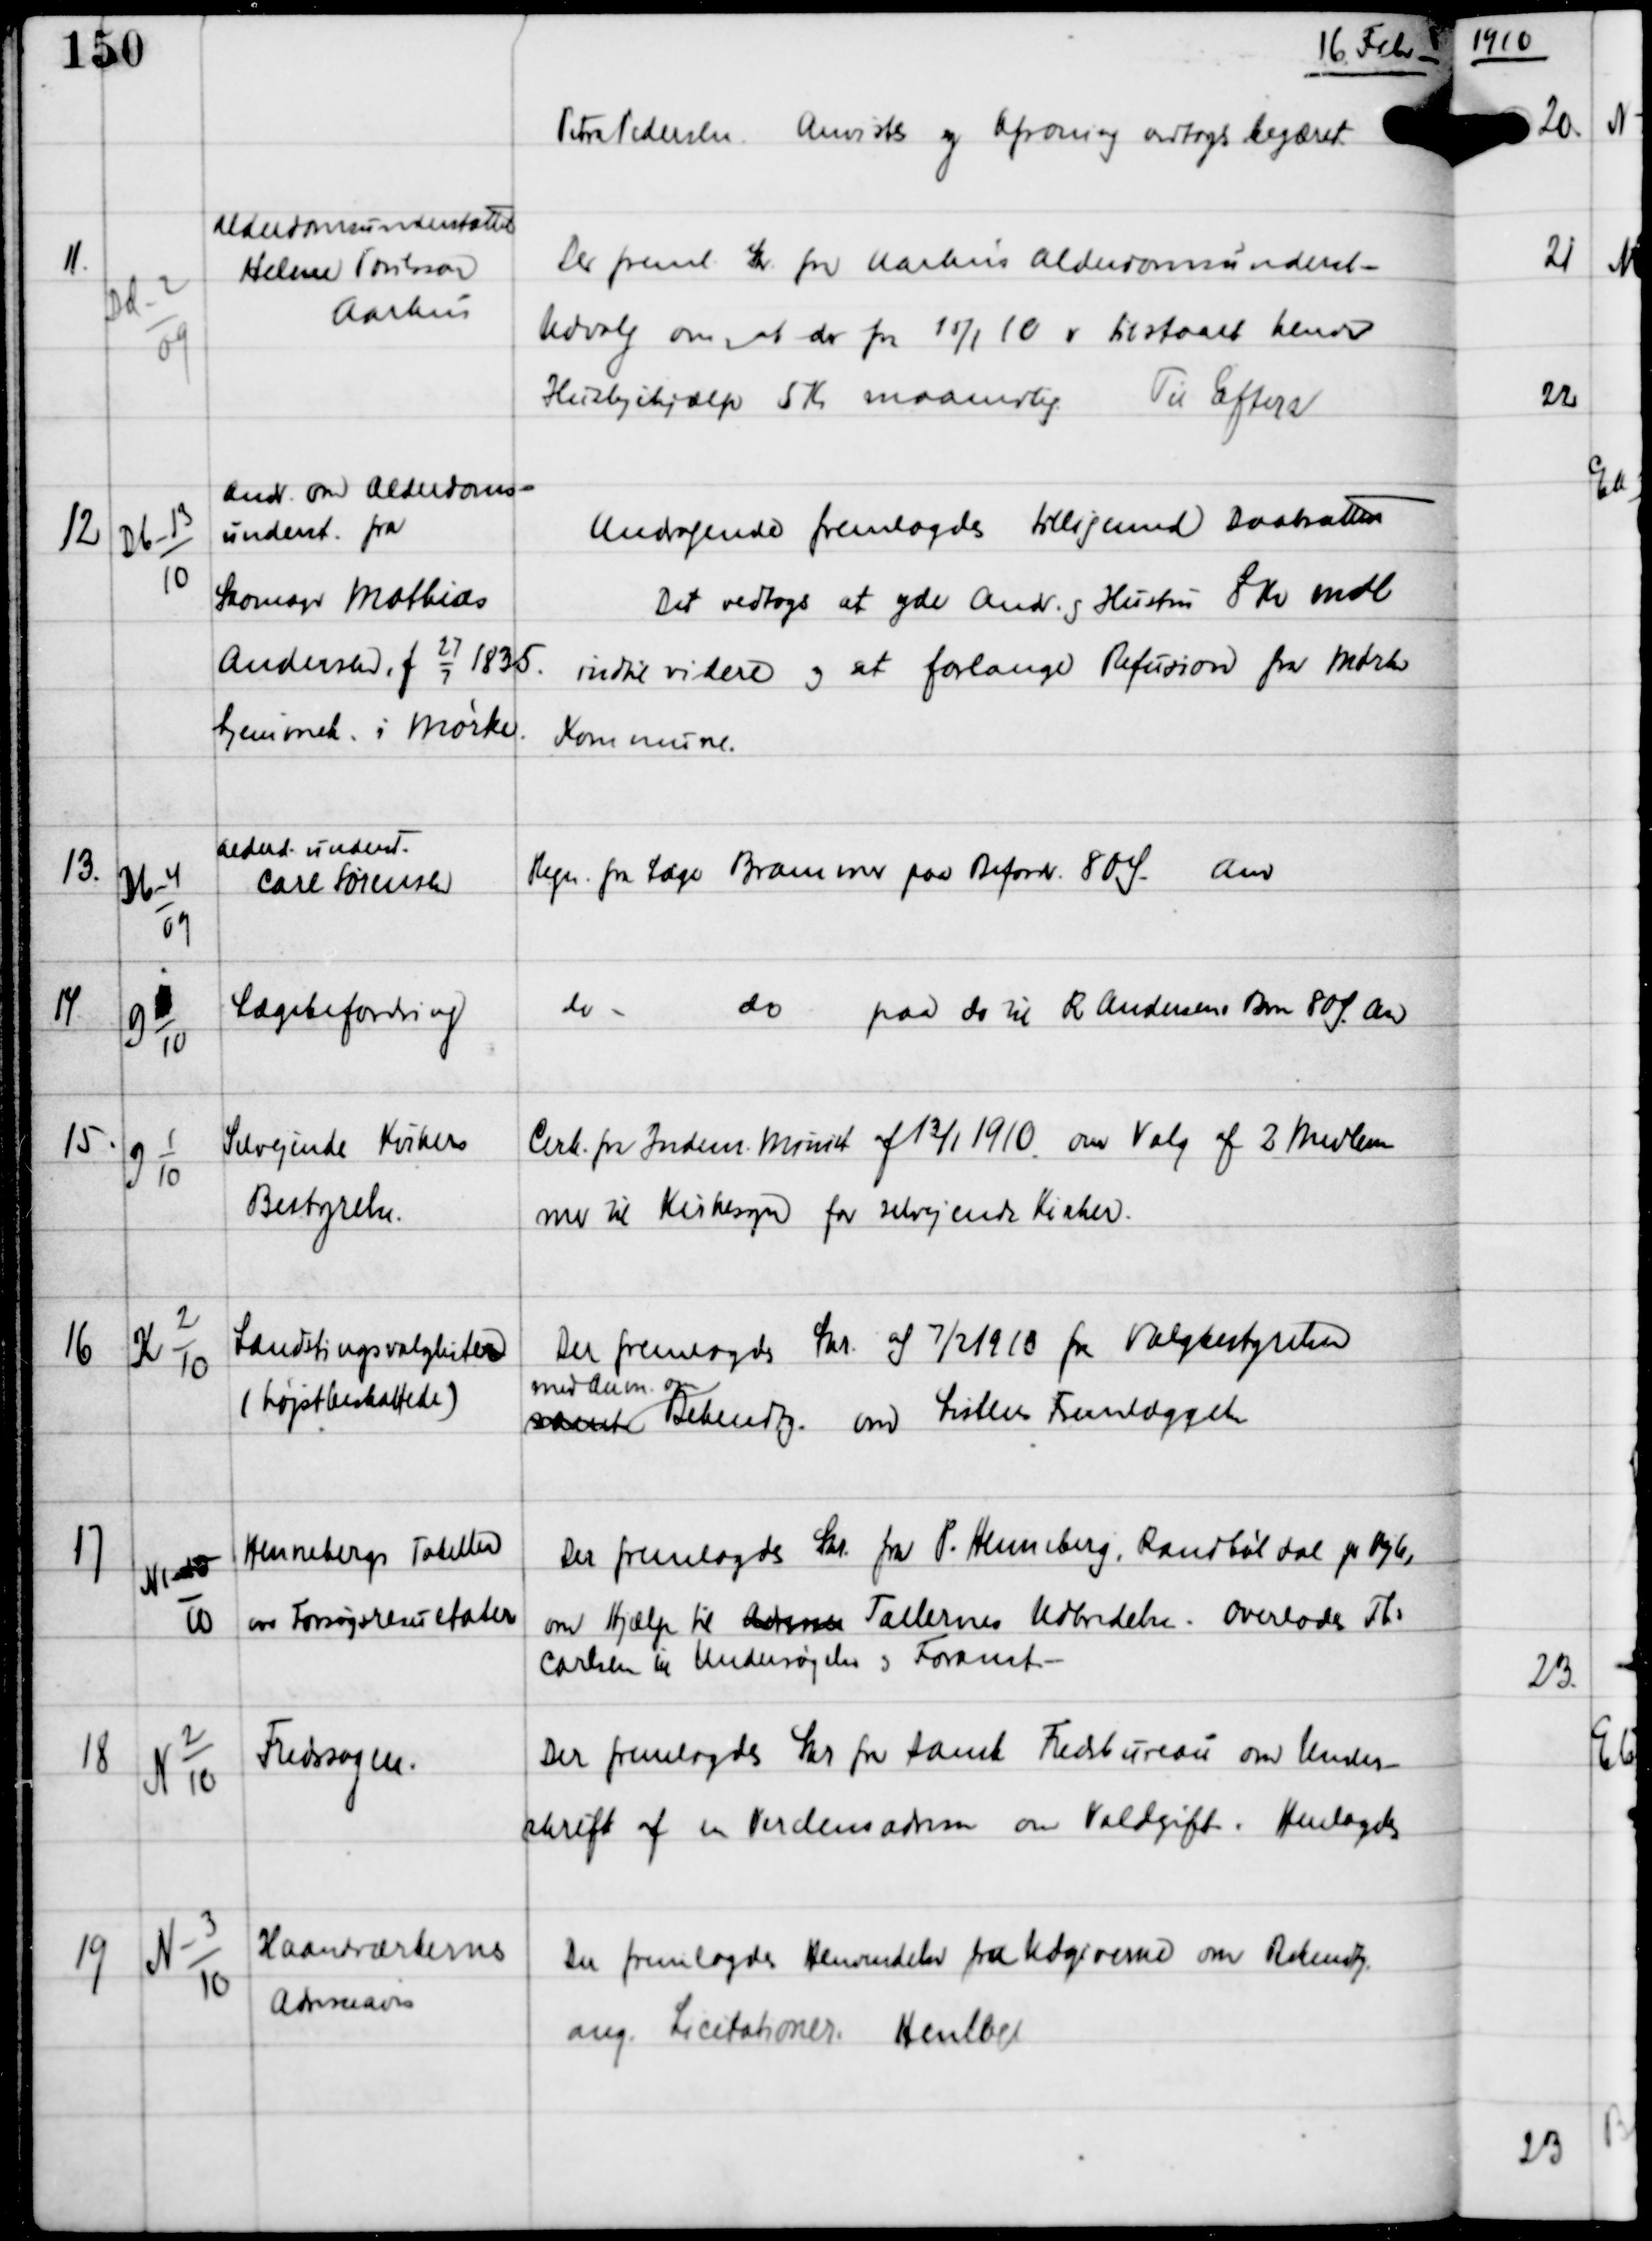
Transskription:
16 Febr

Petra Pedersen. Anvistes og Afsoning vedtoges begæret

11

Dd-2
09

Alderdomsunderstøttede
Helene Porilsson
Aarhus

Der freml Skr fra Aarhus Alderdomsunderst-
Udvalg om, at der fra 15/1 er tilstaaet hende
Hushjælp 5 Kr maanedlig
Til Efterr

12

Db-13
10

Andr om Alderdoms-
underst fra
Skomager Mathias
Andersen f
27
7
1835
hjemmet i Mørke.

Andragendet fremlagdes tilligemed Daabsattesten
Det vedtoges at yde Andr. og Hustru 8 Kr mdl
indtil videre og at forlange Refusion fra Mørke
Kommune.

13.

Db-4
09

Alderd.underst
Carl Sørensen

Regn fra Læge Brammer paa Beford 80 Ø
Anv

14

G x
10

Lægebefordring

do
do
paa do til R Andersens Barn 80 Ø. Anv

15

G 1
10

Selvejende Kirkers
Bestyrelse.

Cirk fra Indenrigsminist af 13/1 1910 om Valg af 2 Medlem-
mer til Kirkesyn for selvejende Kirker.

16

K 2
10

Landstingsvalglisten
(højstbeskattede)

Der fremlagdes Skr af 7/2 1910 fra Valgbestyrelsen
med Anm om
samt Bekendtg om Listens Fremlæggelse

17

N 10
10

Hennebergs Tabeller
om Forsøgsresultater

Der fremlagdes Skr fra P. Henneberg, Randbøldal pr Vejle,
om Hjælp til Adresse Tallernes Udbredelse - Overlades Ths
Carlsen til Undersøgelse og Foranst -

18

N 2
10

Fredssagen

Der fremlagdes Skr fra Dansk Fredsbureau om Under-
skrift af en Verdensadresse om Voldgift.
Henlagdes

19

N-3
10

Haandværkernes
Adresseavis

Der fremlagdes Henvendelse fra Udgiverne om Bekendtg
ang Licitationer.
Henlagdes